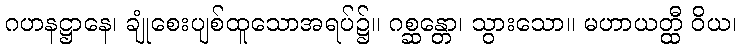
ဂဟနဋ္ဌာနေ၊ ချုံစေးပျစ်ထူသောအရပ်၌။ ဂစ္ဆန္တော၊ သွားသော။ မဟာယတ္ထီ ဝိယ၊